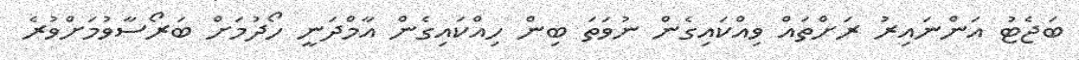
ބަޖެޓު އަންނައިރު ރަށްތައް ވިއްކައިގެން ނުވަތަ ބިން ހިއްކައިގެން އާމްދަނީ ހޯދުމަށް ބަރޯސާވުމަށްވުރެ